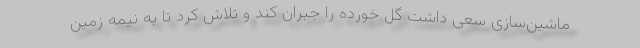
ماشین‌سازی سعی داشت گل خورده را جبران کند و تلاش کرد تا به نیمه زمین